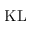
\mathrm { K L }